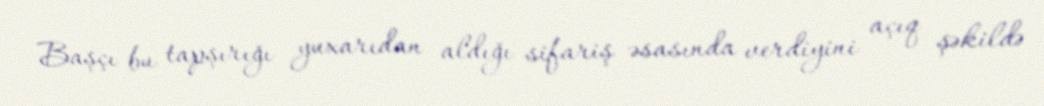
Başçı bu tapşırığı yuxarıdan aldığı sifariş əsasında verdiyini açıq şəkildə